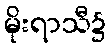
မိုးရာသီ၌